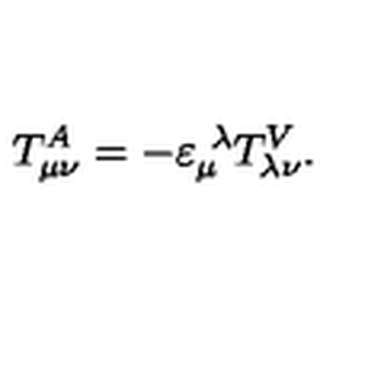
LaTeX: T _ { \mu \nu } ^ { A } = - \varepsilon _ { \mu } ^ { \ \lambda } T _ { \lambda \nu } ^ { V } .